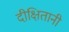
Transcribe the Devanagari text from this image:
दीक्षितानी